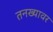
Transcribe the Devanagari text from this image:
तनख्यावर